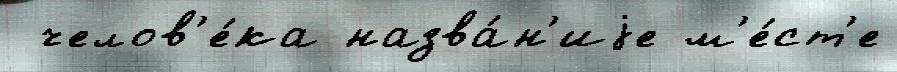
 челов'е́ка назва́н'иjе м'е́ст'е